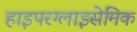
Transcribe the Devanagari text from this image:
हाइपरग्लाइसेमिक